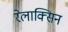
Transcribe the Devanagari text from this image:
रेलाक्सिन